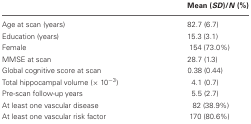
<table><thead><tr><td></td><td><b>Mean (<i>SD</i>)/<i>N</i> (%)</b></td></tr></thead><tbody><tr><td>Age at scan (years)</td><td>82.7 (6.7)</td></tr><tr><td>Education (years)</td><td>15.3 (3.1)</td></tr><tr><td>Female</td><td>154 (73.0%)</td></tr><tr><td>MMSE at scan</td><td>28.7 (1.3)</td></tr><tr><td>Global cognitive score at scan</td><td>0.38 (0.44)</td></tr><tr><td>Total hippocampal volume (× 10<sup>−3</sup>)</td><td>4.1 (0.7)</td></tr><tr><td>Pre-scan follow-up years</td><td>5.5 (2.7)</td></tr><tr><td>At least one vascular disease</td><td>82 (38.9%)</td></tr><tr><td>At least one vascular risk factor</td><td>170 (80.6%)</td></tr></tbody></table>